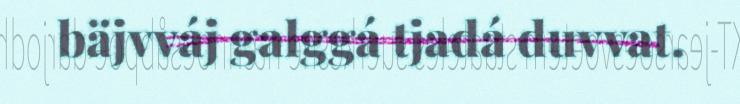
bäjvváj galggá tjadá duvvat.